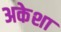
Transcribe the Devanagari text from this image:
अकेशा